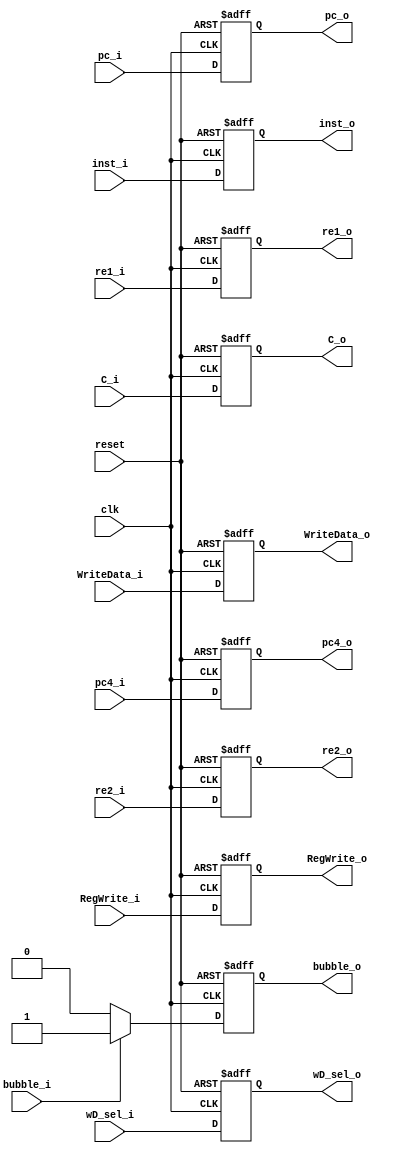
module MEM_WB(
    input clk,
    input reset,
    input [31:0] WriteData_i,
    input [31:0] inst_i,
    input bubble_i,
input [1:0] wD_sel_i,
input [31:0] pc_i,
input [31:0] pc4_i,
input [31:0] C_i,
input RegWrite_i,
input re1_i,
input re2_i,
    output reg [31:0] WriteData_o,
    output reg [31:0] inst_o,
    output reg bubble_o,
output reg [1:0] wD_sel_o,
output reg [31:0] pc_o,
output reg [31:0] pc4_o,
output reg [31:0] C_o,
output reg RegWrite_o,
output reg re1_o,
	output reg re2_o   
    );
    always @ (posedge clk or negedge reset)
    begin
        if(~reset) 
        begin
            WriteData_o <= 32'h0;
            inst_o <= 32'h0;
            bubble_o <= 1;
wD_sel_o <= 2'h0;
pc_o <= 32'h0;
pc4_o <= 32'h0;
C_o <= 32'h0;
RegWrite_o <= 0;
re1_o <= 0;
	re2_o <= 0;
        end
    
        else
        begin    
           WriteData_o <= WriteData_i;
           inst_o <= inst_i;
wD_sel_o <= wD_sel_i;
pc_o <= pc_i;
pc4_o <= pc4_i;
C_o<= C_i;
RegWrite_o <= RegWrite_i;
re1_o <= re1_i;
re2_o <= re2_i;
           if(bubble_i == 1)
            begin
                bubble_o <= 1;
            end
            else
            begin
                bubble_o <= 0;
            end
        end
    end    
endmodule